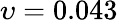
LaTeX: \upsilon=0.043